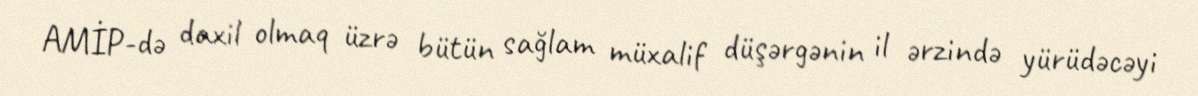
AMİP-də daxil olmaq üzrə bütün sağlam müxalif düşərgənin il ərzində yürüdəcəyi